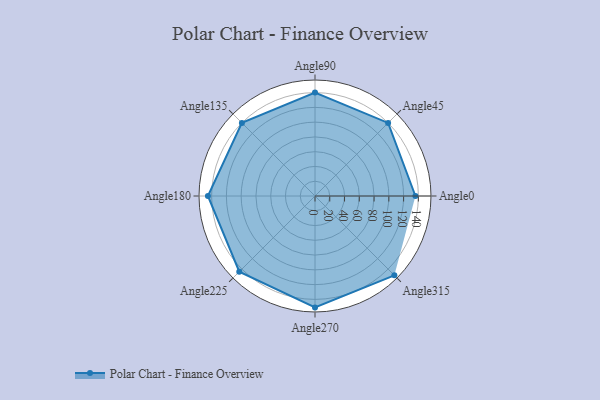
{"axis": {"x": "Angle", "y": "Radius"}, "legend": [""], "data": [{"x": "Angle0", "y": 136.0, "type": ""}, {"x": "Angle45", "y": 140.0, "type": ""}, {"x": "Angle90", "y": 140.0, "type": ""}, {"x": "Angle135", "y": 140.0, "type": ""}, {"x": "Angle180", "y": 145.0, "type": ""}, {"x": "Angle225", "y": 145.0, "type": ""}, {"x": "Angle270", "y": 151.0, "type": ""}, {"x": "Angle315", "y": 152.0, "type": ""}]}